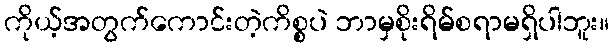
ကိုယ့်အတွက်ကောင်းတဲ့ကိစ္စပဲ ဘာမှစိုးရိမ်စရာမရှိပါဘူး။